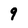
Character: 9